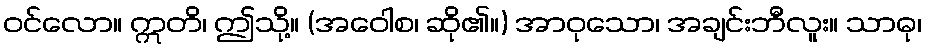
ဝင်လော။ ဣတိ၊ ဤသို့။ (အဝေါစ၊ ဆို၏။) အာဝုသော၊ အချင်းဘီလူး။ သာဓု၊